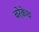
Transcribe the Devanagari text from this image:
बरेक़ेथ